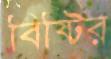
বিষ্টির